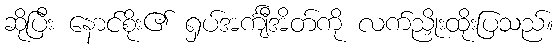
ဆိုပြီး နောင်စိုး၏ ရှပ်အင်္ကျီအိတ်ကို လက်ညှိုးထိုးပြသည်။